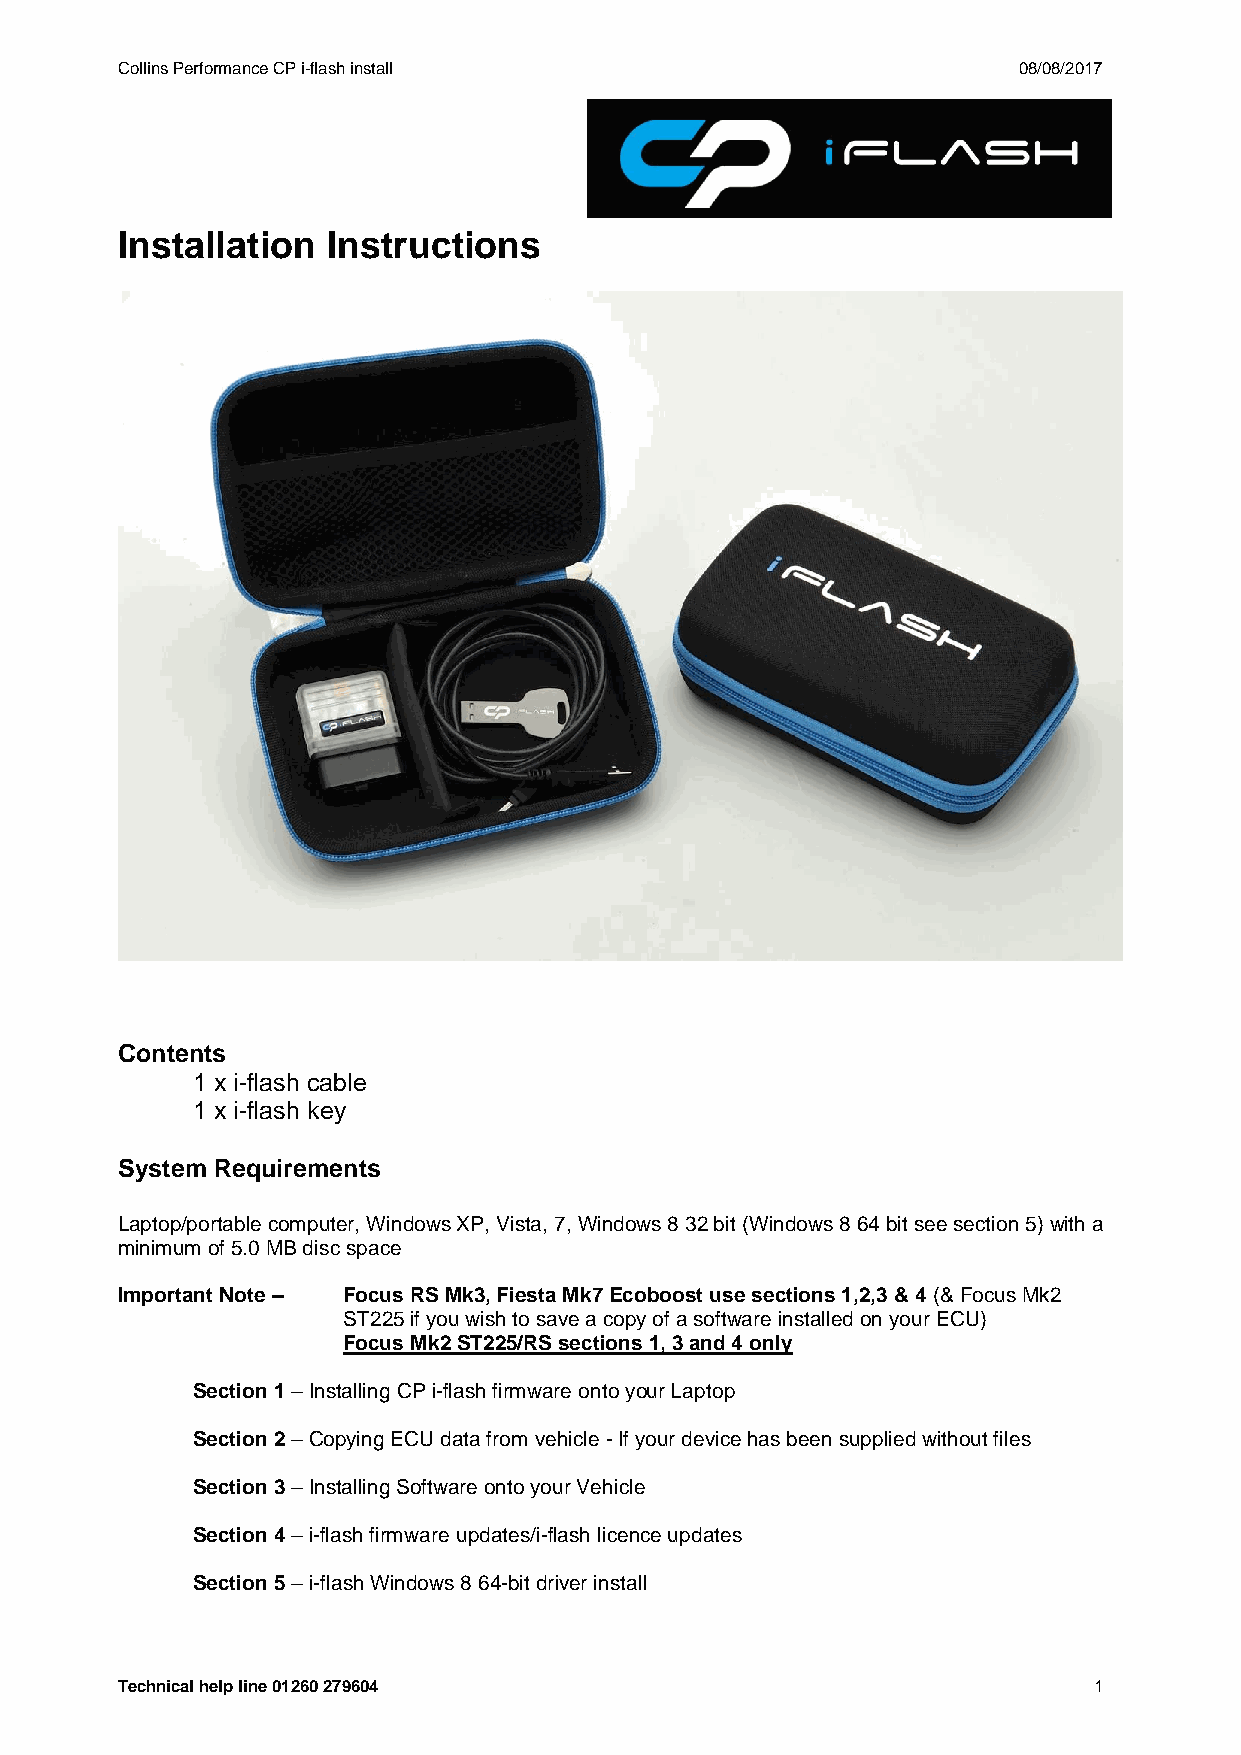
Collins Performance CP i-flash install                     08/08/2017
 Installation  Instructions
 Contents
 1 x i-flash cable
 1 x i-flash key
 System Requirements
 Laptop/portable computer, Windows XP, Vista, 7, Windows 8 32 bit (Windows 8 64 bit see section 5) with a
 minimum of 5.0 MB disc space
 Important Note – Focus RS Mk3, Fiesta Mk7 Ecoboost use sections 1,2,3 & 4 (& Focus Mk2
 ST225 if you wish to save a copy of a software installed on your ECU)
 Focus Mk2 ST225/RS sections 1, 3 and 4 only
 Section 1 – Installing CP i-flash firmware onto your Laptop
 Section 2 – Copying ECU data from vehicle - If your device has been supplied without files
 Section 3 – Installing Software onto your Vehicle
 Section 4 – i-flash firmware updates/i-flash licence updates
 Section 5 – i-flash Windows 8 64-bit driver install
 Technical help line 01260 279604                                1